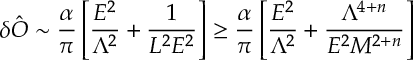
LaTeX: \delta \hat { O } \sim { \frac { \alpha } { \pi } } \left[ { \frac { E ^ { 2 } } { \Lambda ^ { 2 } } } + { \frac { 1 } { L ^ { 2 } E ^ { 2 } } } \right] \geq { \frac { \alpha } { \pi } } \left[ { \frac { E ^ { 2 } } { \Lambda ^ { 2 } } } + { \frac { \Lambda ^ { 4 + n } } { E ^ { 2 } M ^ { 2 + n } } } \right]